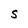
Character: S